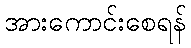
အားကောင်းစေရန်